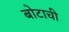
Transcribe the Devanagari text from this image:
बोटाची